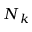
N _ { k }